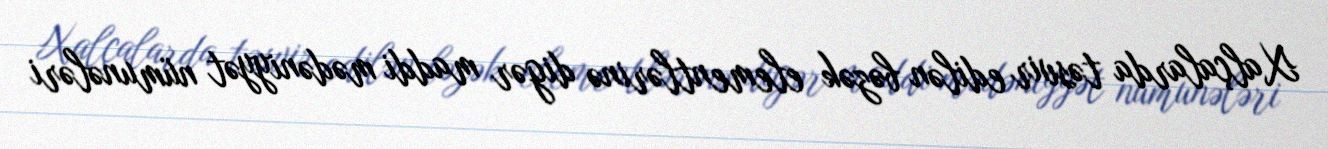
Xalçalarda təsvir edilən bəzək elementlərinə digər maddi mədəniyyət nümunələri